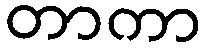
တာကာ